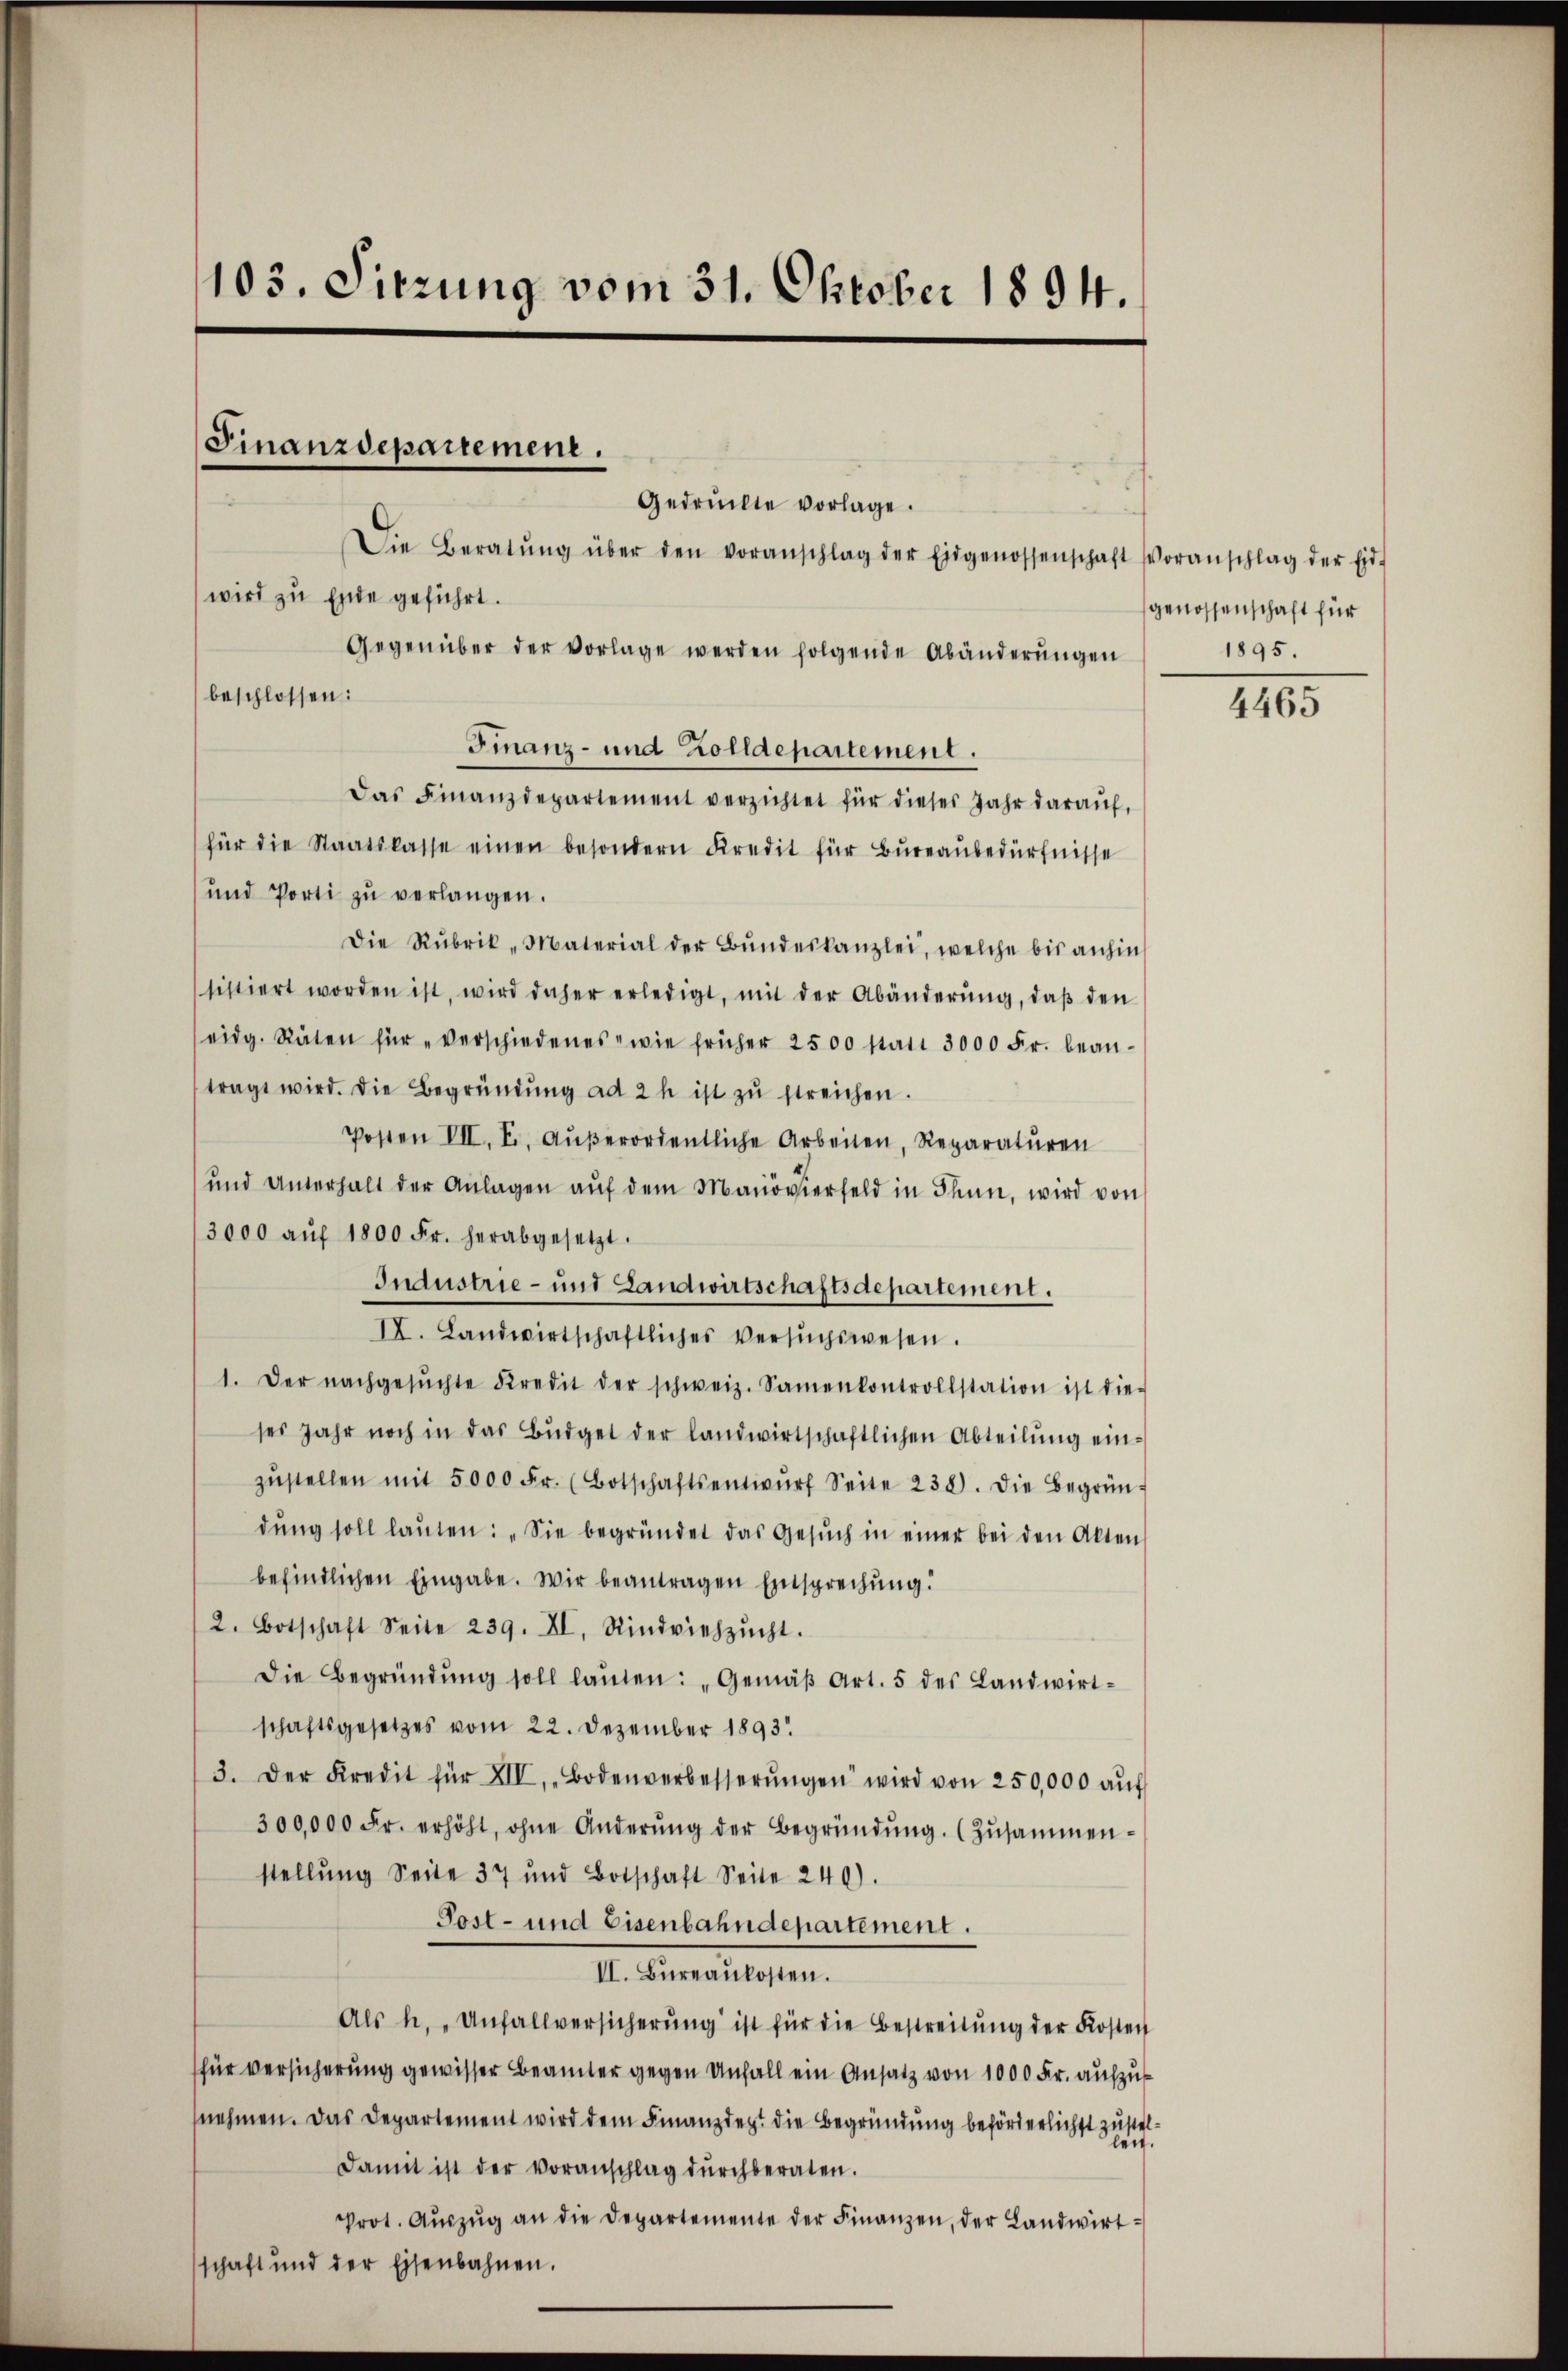
103. Sitzung vom 31. Oktober 1894.

Gedrückte vorlage.
Die Beratŭng über den voranschlag der Eidgenossenschaft Voranschlag der Eid-
Gegenüber der vorlage werden folgende Abänderŭngen
Finanz- und Zolldepartement.
Das Finanzdepartement verzichtet für dieses Jahr daraŭf,
für die Staatskasse einen besondern Kredit für Büreaŭbedürfnisse
und Porti zŭ verlangen.
Die Rubrik „Material der Bŭndeskanzlei, welche bis anhin
sistiert worden ist, wird daher erledigt, mit der Abänderŭng, daβ den
eidg. Räten für „verschiedenes wie früher 2500 statt 3000 Fr. bean-
tragt wird. Die Begründŭng ad 2 h ist zŭ streichen.
Posten VII. E. aŭβerordentliche Arbeiten, Reparatŭren
und Unterhalt der Anlagen aŭf dem Manövierfeld in Thun, wird von
3000 aŭf 1800 Fr. herabgesetzt.
Industrie- und Landwirtschaftsdepartement.
IX. Landwirtschaftliches versŭchswesen.
1. Der nachgesŭchte Kredit der schweiz. Samenkontrollstation ist die-
ses Jahr noch in das Büdget der landwirtschaftlichen Abteilŭng ein-
zŭstellen mit 5000 Fr. (Botschaftsentwŭrf Seite 238. Die Begrün-
dŭng soll laŭten: „Sie begründet das Gesŭch in einer bei den Alten
befindlichen Eingabe. Wir beantragen Entsprechung.
2. Botschaft Seite 239. XI. Rindviehzŭcht.
Die Begründŭng soll laŭten: „Gemäβ Art. 5 des Landwirt-
schaftsgesetzes vom 22. Dezember 1893.
3. Der Kredit für XIV, Bodenverbesserŭngen wird von 250,000 aŭf
300,000 Fr. erhöht, ohne Änderŭng der Begründŭng. (Zŭsammen-
stellŭng Seite 37 und Botschaft Seite 240).
Post- und Eisenbahndepartement.
II. Büreaŭkosten.
Als h. „Unfallversicherŭng ist für die Bestreitŭng der Kosten
für versicherung gewisser Beamter gegen Unfall ein Ansatz von 1000 Fr. aufzus
nehmen. Das Departement wird dem Finanzdept die Begründung beförderlichst zustel¬
Damit ist der voranschlag dŭrchberaten.
Prot. Aŭszŭg an die Departemente der Finanzen, der Landwirt-
schaft und der Eisenbahnen.

wird zu Ende geführt.
beschlossen:

Finanzdepartement.

genossenschaft für
1895.

4465